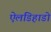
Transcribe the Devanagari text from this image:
ऐलडिहाडो